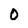
Character: 0